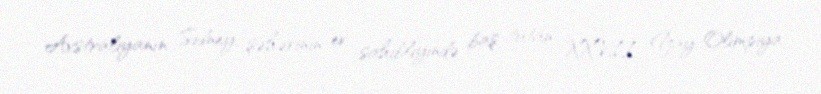
Avstraliyanın Sidney şəhərinin ev sahibliyində baş tutan XXVII Yay Olimpiya